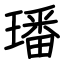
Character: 璠